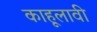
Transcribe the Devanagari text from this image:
काहूलावी